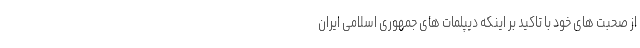
از صحبت های خود با تاکید بر اینکه دیپلمات های جمهوری اسلامی ایران